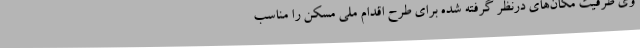
وی ظرفیت مکان‌های درنظر گرفته شده برای طرح اقدام ملی مسکن را مناسب